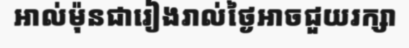
អាល់ម៉ុនជារៀងរាល់ថ្ងៃអាចជួយរក្សា